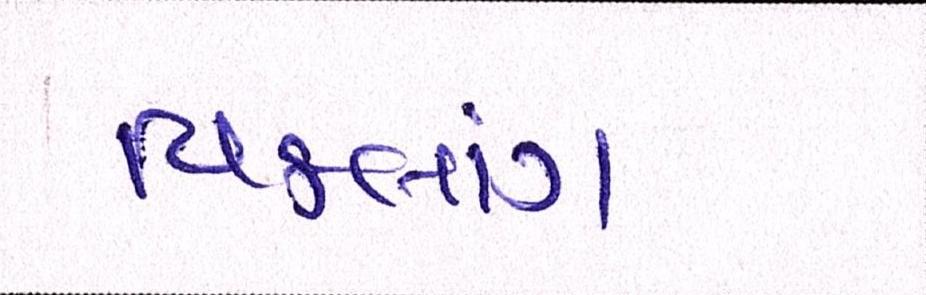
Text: વિકલાંગ